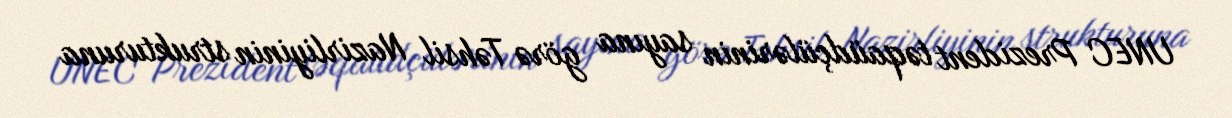
UNEC Prezident təqaüdçülərinin sayına görə Təhsil Nazirliyinin strukturuna